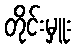
တိုင်းမှူး